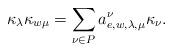
LaTeX: \begin{align*}\kappa_{\lambda} \kappa_{w\mu} = \sum_{\nu \in P} a_{e, w, \lambda, \mu}^{\nu} \kappa_{\nu}.\end{align*}